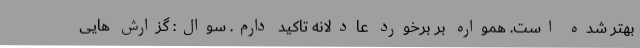
بهتر شده است. همواره بر برخورد عادلانه تاکید دارم. سوال: گزارش هایی